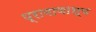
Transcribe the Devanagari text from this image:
प्रामाणाश्य